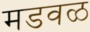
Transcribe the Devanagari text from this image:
मडवळ